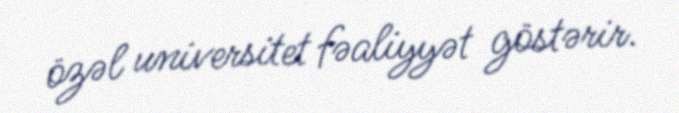
özəl universitet fəaliyyət göstərir.